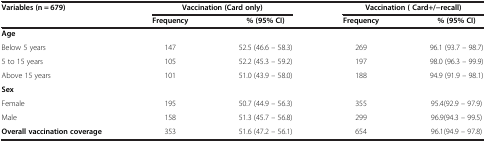
| Variables (n = 679) | <COLSPAN=2> Vaccination (Card only) | <COLSPAN=2> Vaccination ( Card+/−recall) |
 |  | Frequency | % (95% CI) | Frequency | % (95% CI) |
 | --- | --- | --- | --- | --- |
 | Age |  |  |  |  |
 | Below 5 years | 147 | 52.5 (46.6 – 58.3) | 269 | 96.1 (93.7 – 98.7) |
 | 5 to 15 years | 105 | 52.2 (45.3 – 59.2) | 197 | 98.0 (96.3 – 99.9) |
 | Above 15 years | 101 | 51.0 (43.9 – 58.0) | 188 | 94.9 (91.9 – 98.1) |
 | Sex |  |  |  |  |
 | Female | 195 | 50.7 (44.9 – 56.3) | 355 | 95.4(92.9 – 97.9) |
 | Male | 158 | 51.3 (45.7 – 56.8) | 299 | 96.9(94.3 – 99.5) |
 | Overall vaccination coverage | 353 | 51.6 (47.2 – 56.1) | 654 | 96.1(94.9 – 97.8) |